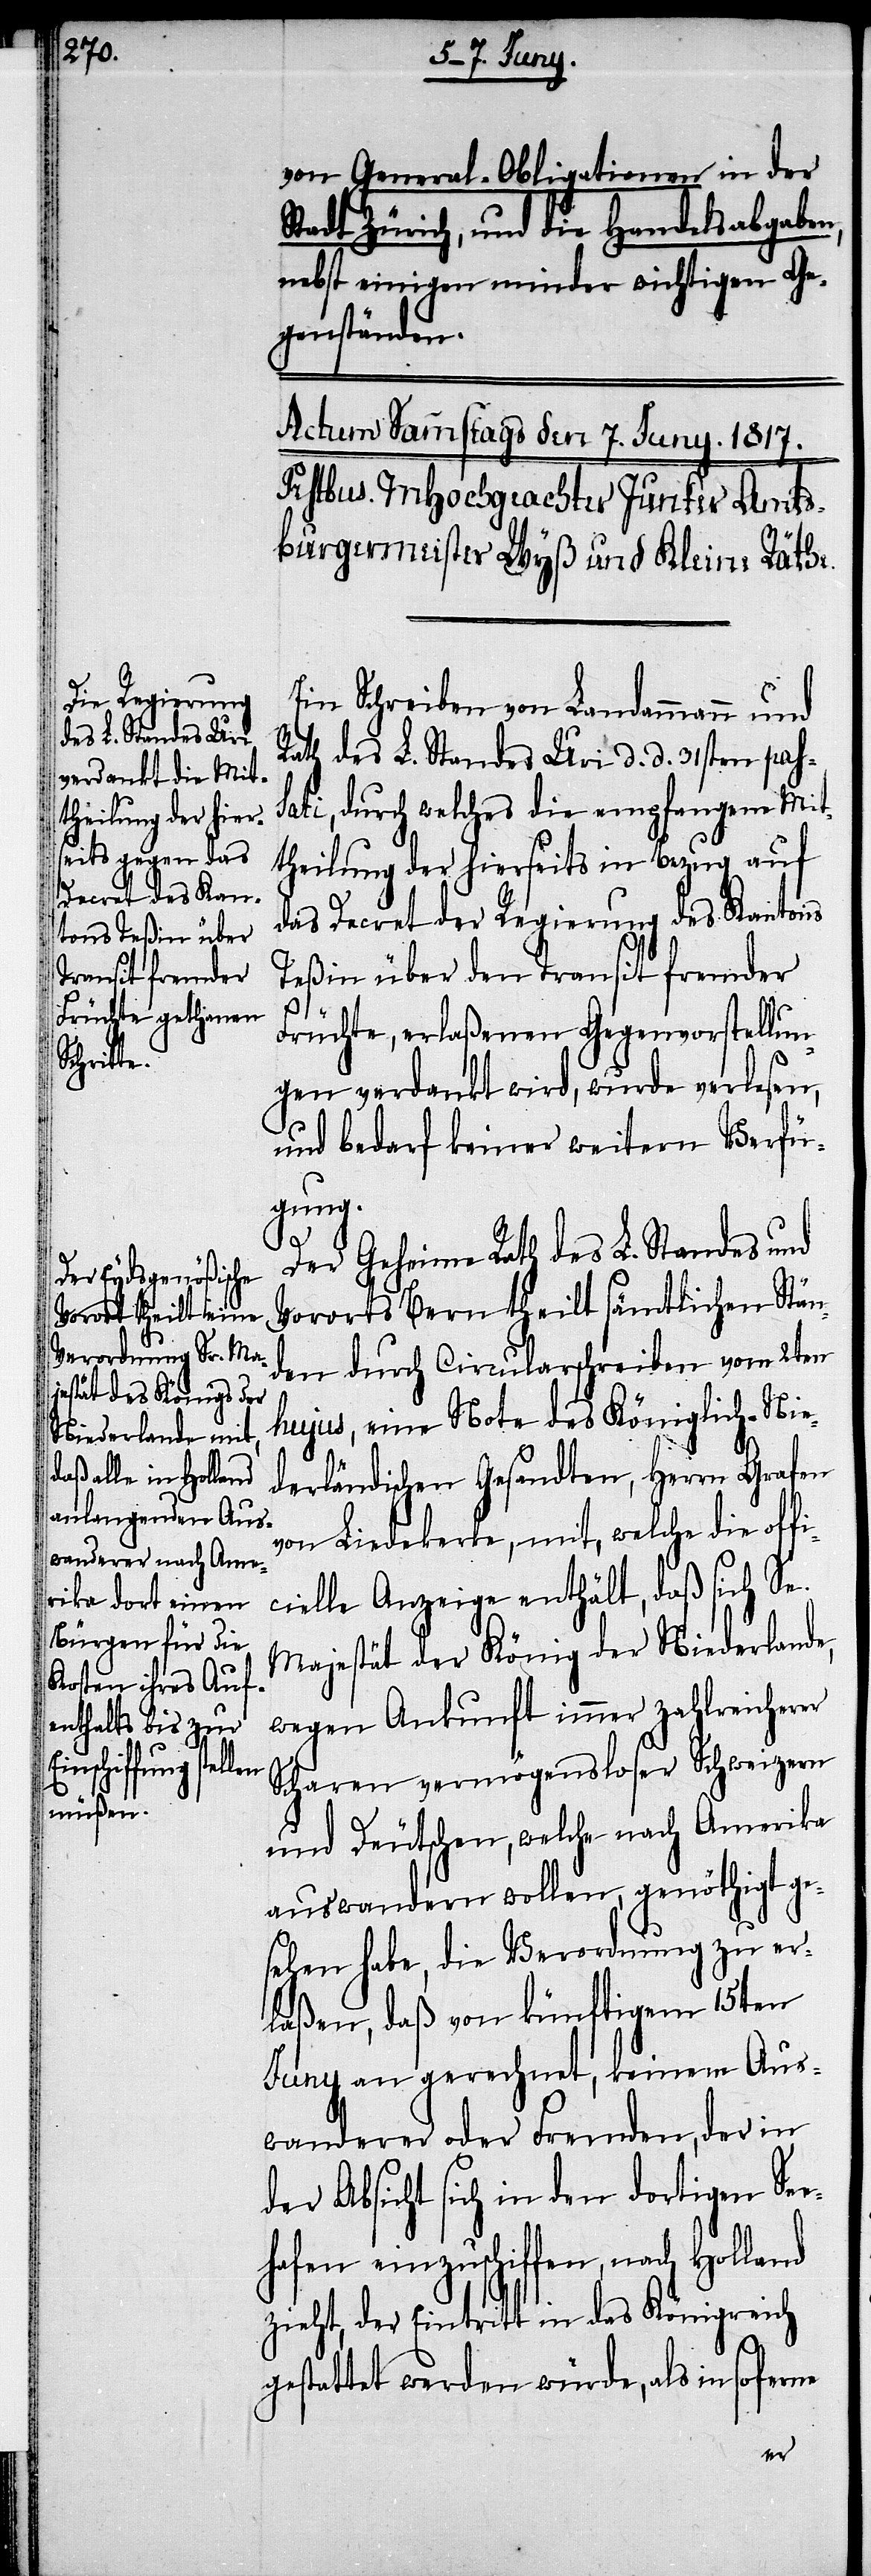
von General-Obligationen in der
Stadt Zürich, und die Handelsabgaben,
nebst einigen minder wichtigen Ge¬
genständen.
Ein Schreiben von Landammann und
Rath des L. Standes Uri d. d. 31sten pas¬
sati, durch welches die empfangene Mit¬
theilung der hierseits in Bezug auf
das Decret der Regierung des Kantons
Teßin über den Transit fremder
Früchte, erlaßenen Gegenvorstellun¬
gen verdankt wird, wurde verlesen
und bedarf keiner weitern Verfü¬
gung.
Der Geheime Rath des L. Standes und
Vororts Bern theilt sämtlichen Stän¬
den durch Circularschreiben vom 2ten
hujus, eine Note des Königlich-Nie¬
derländischen Gesandten, Herrn Grafen
von Liedekerke, mit, welche die off¬
ielle Anzeige enthält, daß sich Se.
Majestät der König der Niederlande,
wegen Ankunft immer zahlreicherer
Scharen vermögensloser Schweizern
und Deutschen, welche nach Amerika
auswandern wollen, genöthigt ge¬
sehen habe, die Verordnung zu er¬
laßen, daß von künftigem 15ten
Juny an gerechnet, keinem Aus¬
wanderer oder Fremden, der in
der Absicht sich in den dortigen Se¬
ehafen einzuschiffen, nach Holland
zieht, der Eintritt in das Königreich
fic¬
gestattet werden würde, als insoferne